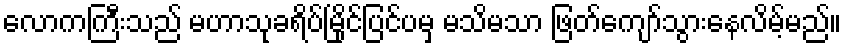
လောကကြီးသည် မဟာသုခရိပ်မြိုင်ပြင်ပမှ မသိမသာ ဖြတ်ကျော်သွားနေလိမ့်မည်။